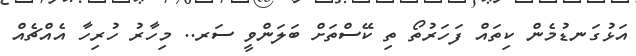
އަޅުގަނޑުމެން ކިތައް ފަހަރުތޯ ތި ކޭސްތަށް ބަލަންވީ ސަރ.. މިހާރު ހުރިހާ އެއްޗެއް